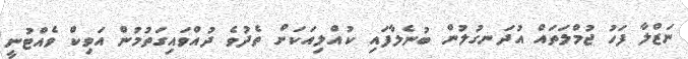
ނަޒްލާ ފަހު ޖުމްލަތައް އުދަނގުލުން ބުނެލާފައި ކުއްލިއަކަށް ތެދުވެ ދުއްވައިގަތުމުން އަވިކް ވެއްޓުނީ